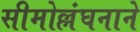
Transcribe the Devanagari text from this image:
सीमोल्लंघनाने